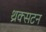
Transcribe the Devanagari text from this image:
थ्रक्सटन